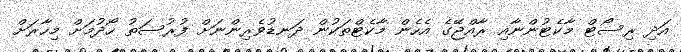
އަދި ރިސޯޓް މާކެޓުންނާއި ރާއްޖޭގެ އެހެން މާކެޓްތަކުން ދަނޑުވެރިންނަށް ފުރުސަތު ހޯދުމަށް މިހާރަށް